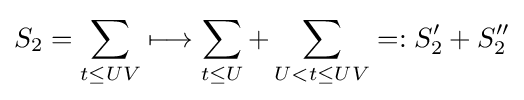
S_{2}=\sum _{t\leq UV}\longmapsto \sum _{t\leq U}+\sum _{U<t\leq UV}=:S_{2}^{\prime }+S_{2}^{\prime \prime }